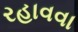
રહાવવા